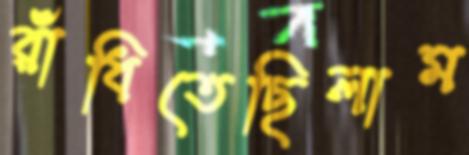
রাঁধিতেছিলাম